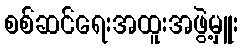
စစ်ဆင်ရေးအထူးအဖွဲ့မှူး